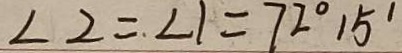
\angle 2 = \angle 1 = 7 2 ^ { \circ } 1 5 ^ { \prime }